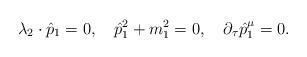
LaTeX: \begin{align*}\lambda _2\cdot \hat{p}_1=0,\quad \hat{p}_1^2+m_1^2=0,\quad \partial _\tau \hat{p}_1^\mu =0.\end{align*}